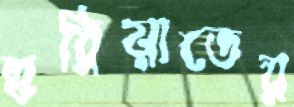
হুরিয়াতের